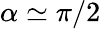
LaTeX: \alpha\simeq\pi/2